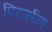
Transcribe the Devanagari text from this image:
पिटर्सन